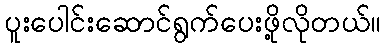
ပူးပေါင်းဆောင်ရွက်ပေးဖို့လိုတယ်။